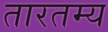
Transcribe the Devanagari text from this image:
तारतम्‍य